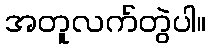
အတူလက်တွဲပါ။